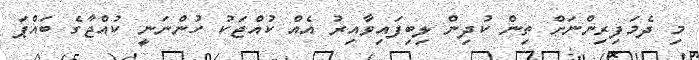
މި ދެމަފިރިންނަށް ތިން ކުދިން ލިބިފައިވާއިރު އެއް ކުއްޖަކު ހުންނަނީ ކުއްޖާގެ ބައްޕަ